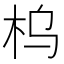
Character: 𱣂